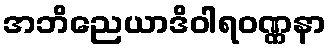
အဘိညေယာဒိဝါရဝဏ္ဏနာ